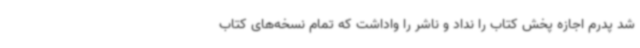
شد پدرم اجازه پخش کتاب را نداد و ناشر را واداشت که تمام نسخه‌های کتاب